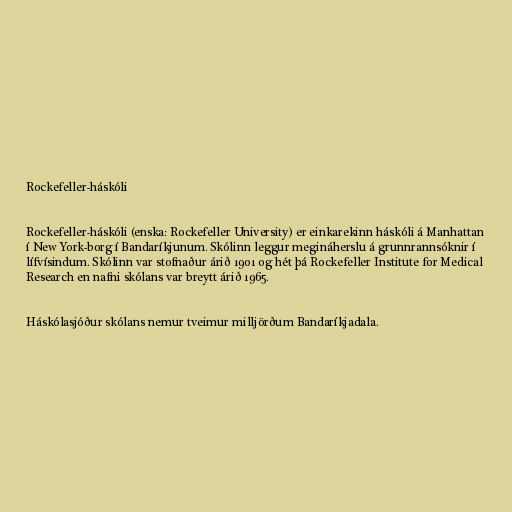
Rockefeller-háskóli

Rockefeller-háskóli (enska: Rockefeller University) er einkarekinn háskóli á Manhattan
í New York-borg í Bandaríkjunum. Skólinn leggur megináherslu á grunnrannsóknir í
lífvísindum. Skólinn var stofnaður árið 1901 og hét þá Rockefeller Institute for Medical
Research en nafni skólans var breytt árið 1965.

Háskólasjóður skólans nemur tveimur milljörðum Bandaríkjadala.